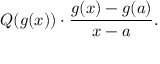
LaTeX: Q ( g ( x ) ) \cdot { \frac { g ( x ) - g ( a ) } { x - a } } .